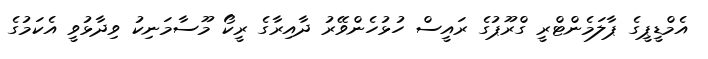
އެމްޑީޕީގެ ޕާލަމެންޓްރީ ގްރޫޕުގެ ރައީސް ހުޅުހެންވޭރު ދާއިރާގެ ރީކޯ މޫސާމަނިކު ވިދާޅުވީ އެކަމުގެ